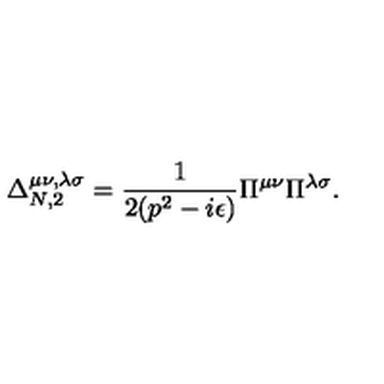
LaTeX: \Delta _ { N , 2 } ^ { \mu \nu , \lambda \sigma } = \frac { 1 } { 2 ( p ^ { 2 } - i \epsilon ) } \Pi ^ { \mu \nu } \Pi ^ { \lambda \sigma } .